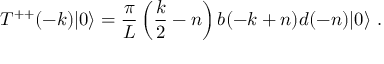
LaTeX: T ^ { + + } ( - k ) | 0 \rangle = { \frac { \pi } { L } } \left( { \frac { k } { 2 } } - n \right) b ( - k + n ) d ( - n ) | 0 \rangle \ .